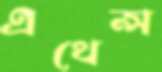
এথেন্স